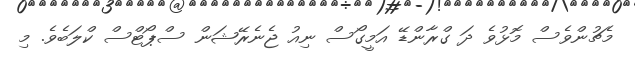
މެޗުންވެސް މޮޅުވެ ދަ ގްރާންޑޭ އަމީގޯސް ނިއު ޖެނެރޭޝަން ސްޕޯޓްސް ކްލަބެވެ. މި